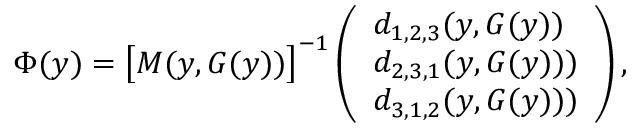
\Phi ( \boldsymbol { y } ) = \big [ M ( \boldsymbol { y } , G ( \boldsymbol { y } ) ) \big ] ^ { - 1 } \left( \begin{array} { l } { d _ { 1 , 2 , 3 } ( \boldsymbol { y } , G ( \boldsymbol { y } ) ) } \\ { d _ { 2 , 3 , 1 } ( \boldsymbol { y } , G ( \boldsymbol { y } ) ) ) } \\ { d _ { 3 , 1 , 2 } ( \boldsymbol { y } , G ( \boldsymbol { y } ) ) ) } \end{array} \right) ,